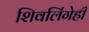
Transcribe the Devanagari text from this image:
शिवलिंगेही